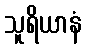
သူရိယာနံ